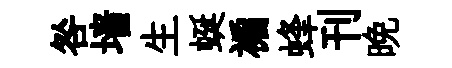
咎墙生蜒褊蜂刊晚